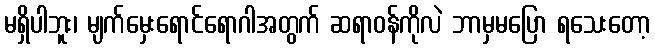
မရှိပါဘူး၊ မျက်မှေးရောင်ရောဂါအတွက် ဆရာဝန်ကိုလဲ ဘာမှမပြော ရသေးတော့